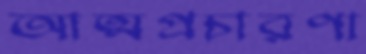
আত্মপ্রচারণা